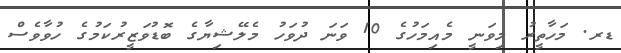
ޑރ. މަހާތީރު މިވަނީ މެއިމަހުގެ 10 ވަނަ ދުވަހު މެލޭޝިޔާގެ ބޮޑުވަޒީރުކަމުގެ ހުވާވެސް